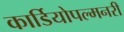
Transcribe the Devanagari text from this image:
कार्डियोपल्मनरी